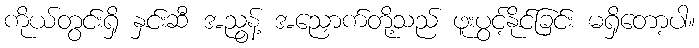
ကိုယ်တွင်းရှိ နှင်းဆီ အညွန့် အညှောက်တို့သည် ဖူးပွင့်နိုင်ခြင်း မရှိတော့ပါ။